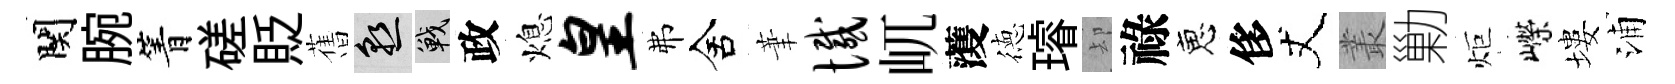
関腕箐磋貶𦾔熟戰政熄皇弗舍茟憾屼𮑮徳璿却祿恵侈丈叢勦炬嶸塿浦